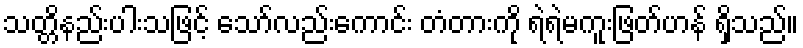
သတ္တိနည်းပါးသဖြင့် သော်လည်းကောင်း တံတားကို ရဲရဲမကူးဖြတ်ဟန် ရှိသည်။